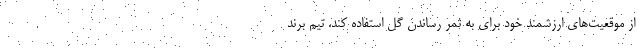
از موقعیت‌های ارزشمند خود برای به ثمر رساندن گل استفاده کند. تیم برند